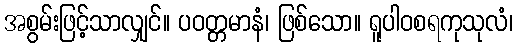
အစွမ်းဖြင့်သာလျှင်။ ပဝတ္တမာနံ၊ ဖြစ်သော။ ရူပါဝစရကုသုလံ၊